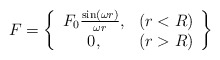
\begin{align*}F=\left\{ \begin{array}{cc}F_0\frac{\sin (\omega r)}{\omega r}, & (r<R) \\ 0, & (r>R)\end{array}\right\} \end{align*}